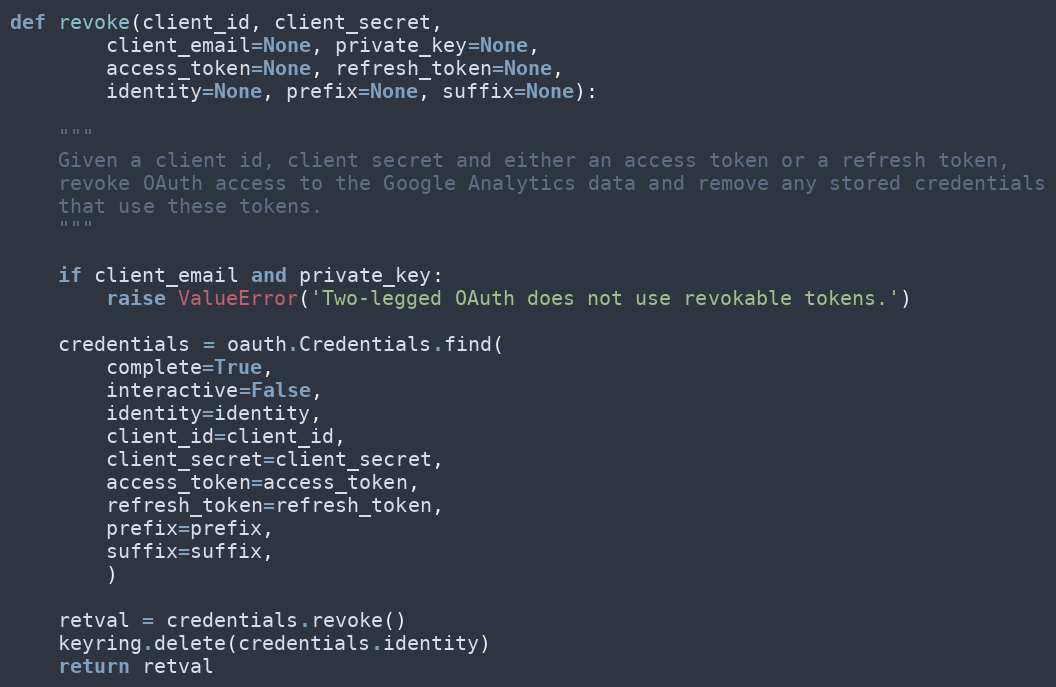
Language: Python
def revoke(client_id, client_secret,
        client_email=None, private_key=None,
        access_token=None, refresh_token=None,
        identity=None, prefix=None, suffix=None):

    """
    Given a client id, client secret and either an access token or a refresh token,
    revoke OAuth access to the Google Analytics data and remove any stored credentials
    that use these tokens.
    """

    if client_email and private_key:
        raise ValueError('Two-legged OAuth does not use revokable tokens.')

    credentials = oauth.Credentials.find(
        complete=True,
        interactive=False,
        identity=identity,
        client_id=client_id,
        client_secret=client_secret,
        access_token=access_token,
        refresh_token=refresh_token,
        prefix=prefix,
        suffix=suffix,
        )

    retval = credentials.revoke()
    keyring.delete(credentials.identity)
    return retval